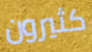
كثيرون